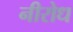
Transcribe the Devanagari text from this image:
नीरोध